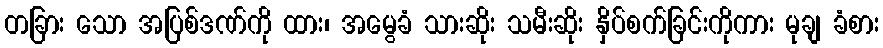
တခြား သော အပြစ်ဒဏ်ကို ထား၊ အမွေခံ သားဆိုး သမီးဆိုး နှိပ်စက်ခြင်းကိုကား မုချ ခံစား